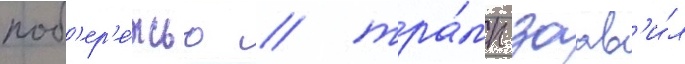
поб'ер'е́жью / тра́мп заав'и́л